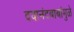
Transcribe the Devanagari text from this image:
दयानंदबाबांमुळे